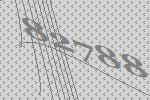
82788